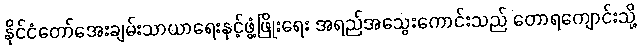
နိုင်ငံတော်အေးချမ်းသာယာရေးနှင့်ဖွံ့ဖြိုးရေး အရည်အသွေးကောင်းသည် တောရကျောင်းသို့